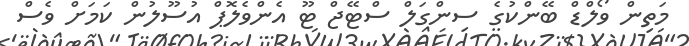
މަތިން ވޯލްޑް ބޭންކުގެ ސިންގަލް ސްޓޭޖް ޓޫ އެންވެލޮޕް އުސޫލުން ކަމަށް ވެސް